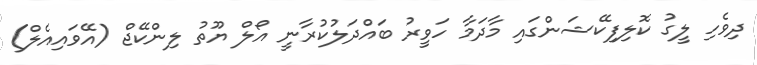
ދިވެހި ލީގު ކޮލިފިކޭޝަންގައި މާދަމާ ހަވީރު ބައްދަލުކުރާނީ އޯލް ޔޫތު ލިންކޭޖް (އޭވައިއެލް)